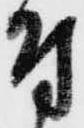
付